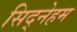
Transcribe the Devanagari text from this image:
सिद्नेहम